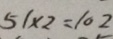
5 1 \times 2 = 1 0 2